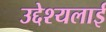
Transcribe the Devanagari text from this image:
उद्देश्यलाई